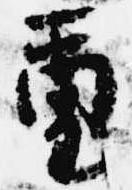
璽